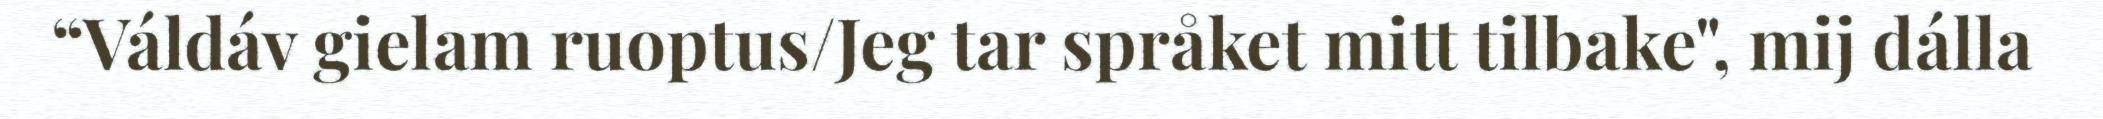
“Váldáv gielam ruoptus/Jeg tar språket mitt tilbake", mij dálla